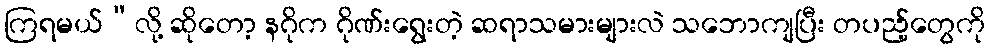
ကြရမယ်”လို့ ဆိုတော့ နဂိုက ဂိုဏ်းရွေးတဲ့ ဆရာသမားများလဲ သဘောကျပြီး တပည့်တွေကို